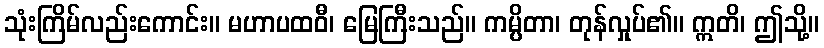
သုံးကြိမ်လည်းကောင်း။ မဟာပထဝီ၊ မြေကြီးသည်။ ကမ္ပိတာ၊ တုန်လှုပ်၏။ ဣတိ၊ ဤသို့။